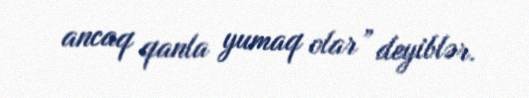
ancaq qanla yumaq olar” deyiblər.